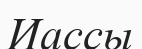
Иассы